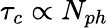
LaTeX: \tau_{c}\propto N_{ph}